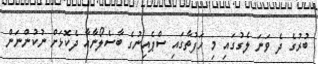
ބުރުގެ ދެ ވަނަ ލެގުގައި މި ހަފުތާގައި ސްޕެއިނުގެ ބާސެލޯނާއާ ދެކޮޅަށް ނުކުންނަން